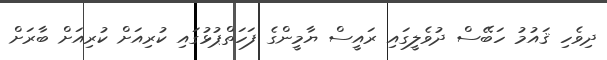
ދިވެހި ޤައުމު ހަބޭސް ދުވެލީގައި ރައީސް ޔާމީންގެ ފަހަތްޕުޅުގައި ކުރިއަށް ކުރިއަށް ބާރަށް